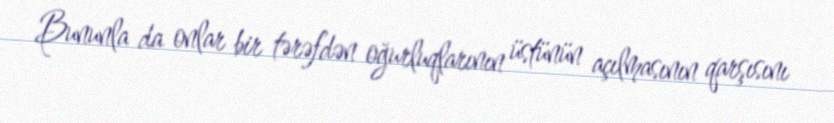
Bununla da onlar bir tərəfdən oğurluqlarının üstünün açılmasının qarşısını